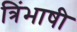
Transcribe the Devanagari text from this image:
त्रिंभाषी